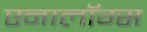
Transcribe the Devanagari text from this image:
एनालॉग्स